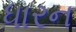
ધારન